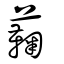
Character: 蘜